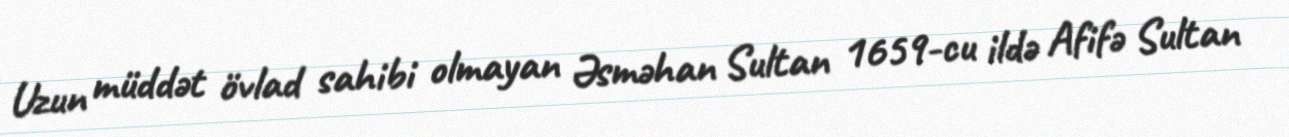
Uzun müddət övlad sahibi olmayan Əsməhan Sultan 1659-cu ildə Afifə Sultan